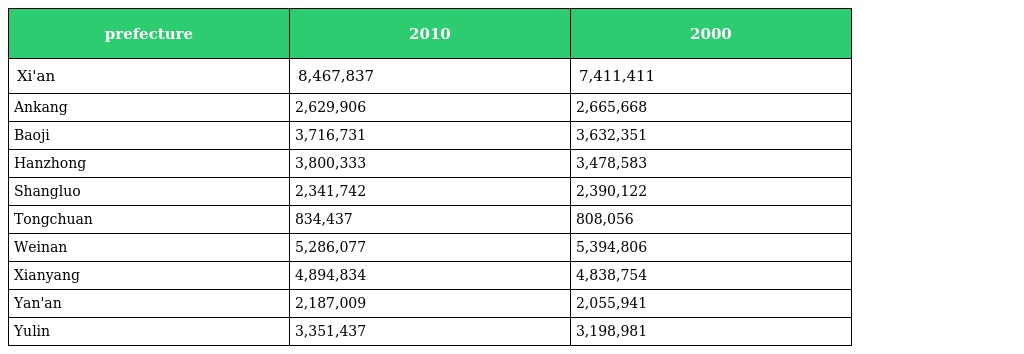
| prefecture | 2010 | 2000 |
 | --- | --- | --- |
 | Xi'an | 8,467,837 | 7,411,411 |
 | Ankang | 2,629,906 | 2,665,668 |
 | Baoji | 3,716,731 | 3,632,351 |
 | Hanzhong | 3,800,333 | 3,478,583 |
 | Shangluo | 2,341,742 | 2,390,122 |
 | Tongchuan | 834,437 | 808,056 |
 | Weinan | 5,286,077 | 5,394,806 |
 | Xianyang | 4,894,834 | 4,838,754 |
 | Yan'an | 2,187,009 | 2,055,941 |
 | Yulin | 3,351,437 | 3,198,981 |